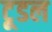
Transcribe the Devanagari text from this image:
टूडल